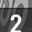
Digit: 2